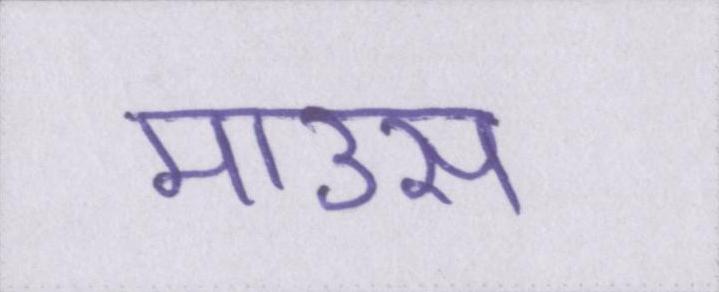
माउस